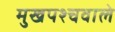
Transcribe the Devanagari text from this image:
मुखपश्चवाले